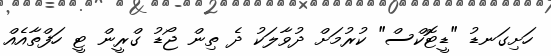
ހަށިގަނޑު "ޑީޓޮކްސް" ކުރުމަށް ދުވާލަކު ދެ ތިން ޖޯޑު ގްރީން ޓީ ހަފްތާއެއް